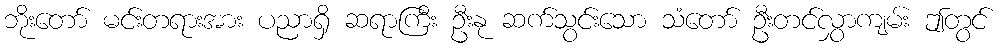
ဘိုးတော် မင်းတရားအား ပညာရှိ ဆရာကြီး ဦးနု ဆက်သွင်းသော သံတော် ဦးတင်လွှာကျမ်း ဤတွင်